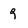
Character: 9